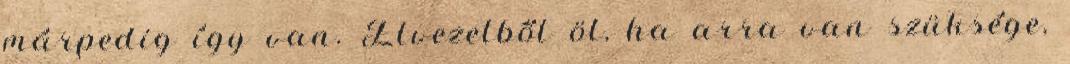
márpedig így van. Élvezetből öl, ha arra van szüksége,